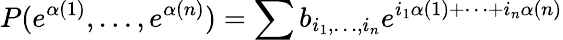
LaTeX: P(e^{\alpha(1)},\dots,e^{\alpha(n)})=\sum b_{i_{1},\dots,i_{n}}e^{i_{1}\alpha(1)+\cdots+i_{n}\alpha(n)}